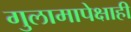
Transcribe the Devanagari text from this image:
गुलामापेक्षाही